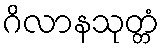
ဂိလာနသုတ္တံ